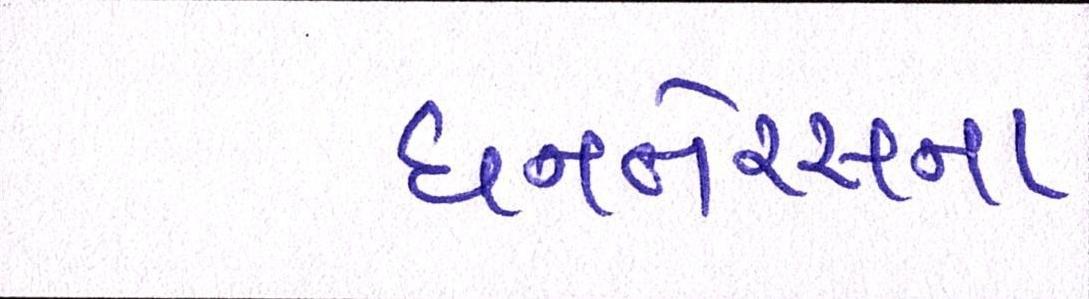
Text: ધનતેરસના